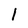
Character: I